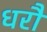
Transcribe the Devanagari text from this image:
धरौ